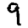
Digit: 9